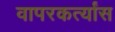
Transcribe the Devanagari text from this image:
वापरकर्त्यांस